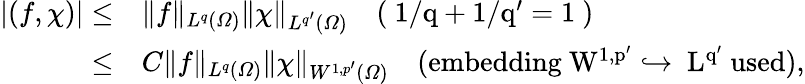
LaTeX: \begin{array}{rl}{|(f,\chi)|\leq}&{\| f\| _{L^{q}(\varOmega)}\| \chi\| _{L^{q^{\prime}}(\varOmega)}\quad\mathrm{(~1/q+1/q'=1~)}}\\ {\leq}&{C\| f\| _{L^{q}(\varOmega)}\| \chi\| _{W^{1,p^{\prime}}(\varOmega)}\quad\mathrm{(embedding~W^{1,p'}\hookrightarrow~L^{q'}~used)},}\end{array}